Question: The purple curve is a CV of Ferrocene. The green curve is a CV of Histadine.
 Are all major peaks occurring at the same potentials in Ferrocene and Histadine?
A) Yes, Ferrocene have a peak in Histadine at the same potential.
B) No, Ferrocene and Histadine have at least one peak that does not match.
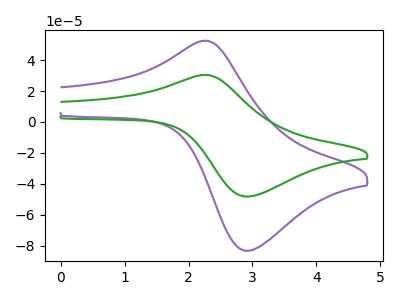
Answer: <think>The purple curve "Ferrocene" has an anodic peak at (2.25V, 52.50uA) and a cathodic peak at (2.90V, -83.25uA). The green curve "Histadine" has an anodic peak at (2.25V, 30.40uA) and a cathodic peak at (2.90V, -48.20uA).</think>
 <answer>A) Yes, "Ferrocene" have a peak in "Histadine" at the same potential.</answer>
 <eval>A</eval>